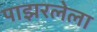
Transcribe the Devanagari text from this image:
पाझरलेला